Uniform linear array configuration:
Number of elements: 16
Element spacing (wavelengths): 1
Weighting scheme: hann
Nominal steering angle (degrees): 45
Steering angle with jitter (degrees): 44.325
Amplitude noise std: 0.05
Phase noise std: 0.05

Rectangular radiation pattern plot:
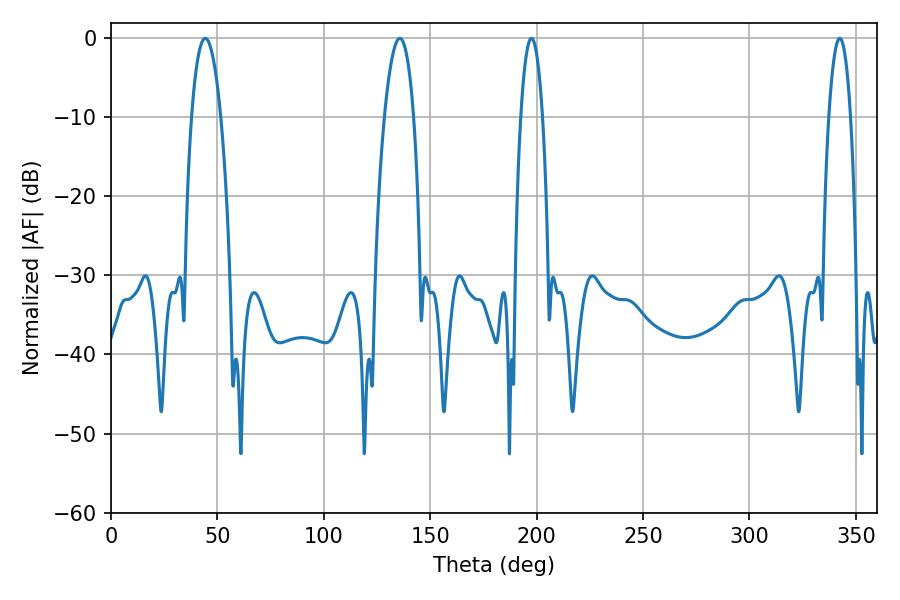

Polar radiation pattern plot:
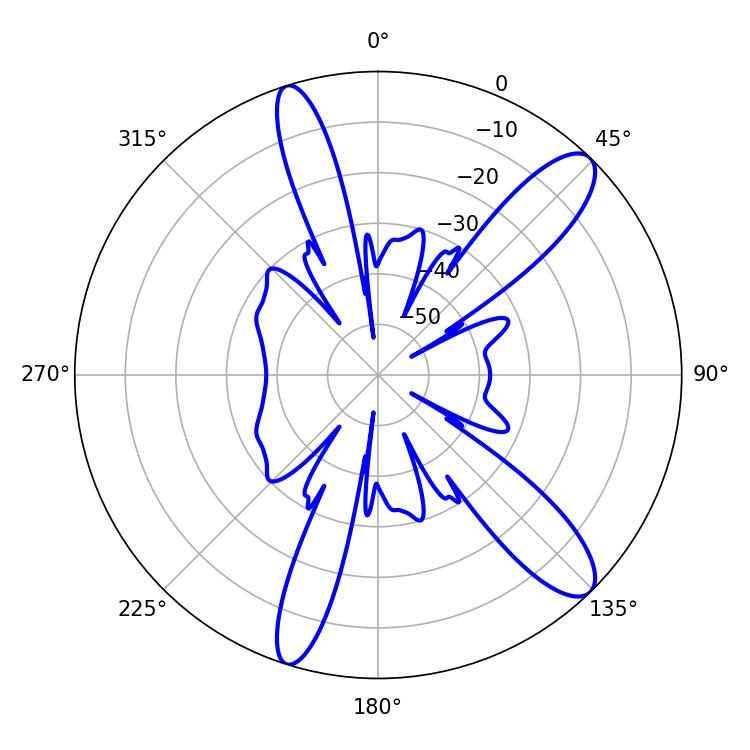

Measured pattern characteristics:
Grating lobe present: TRUE
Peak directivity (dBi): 11.71
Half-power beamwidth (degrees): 7.56
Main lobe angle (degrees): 44.28